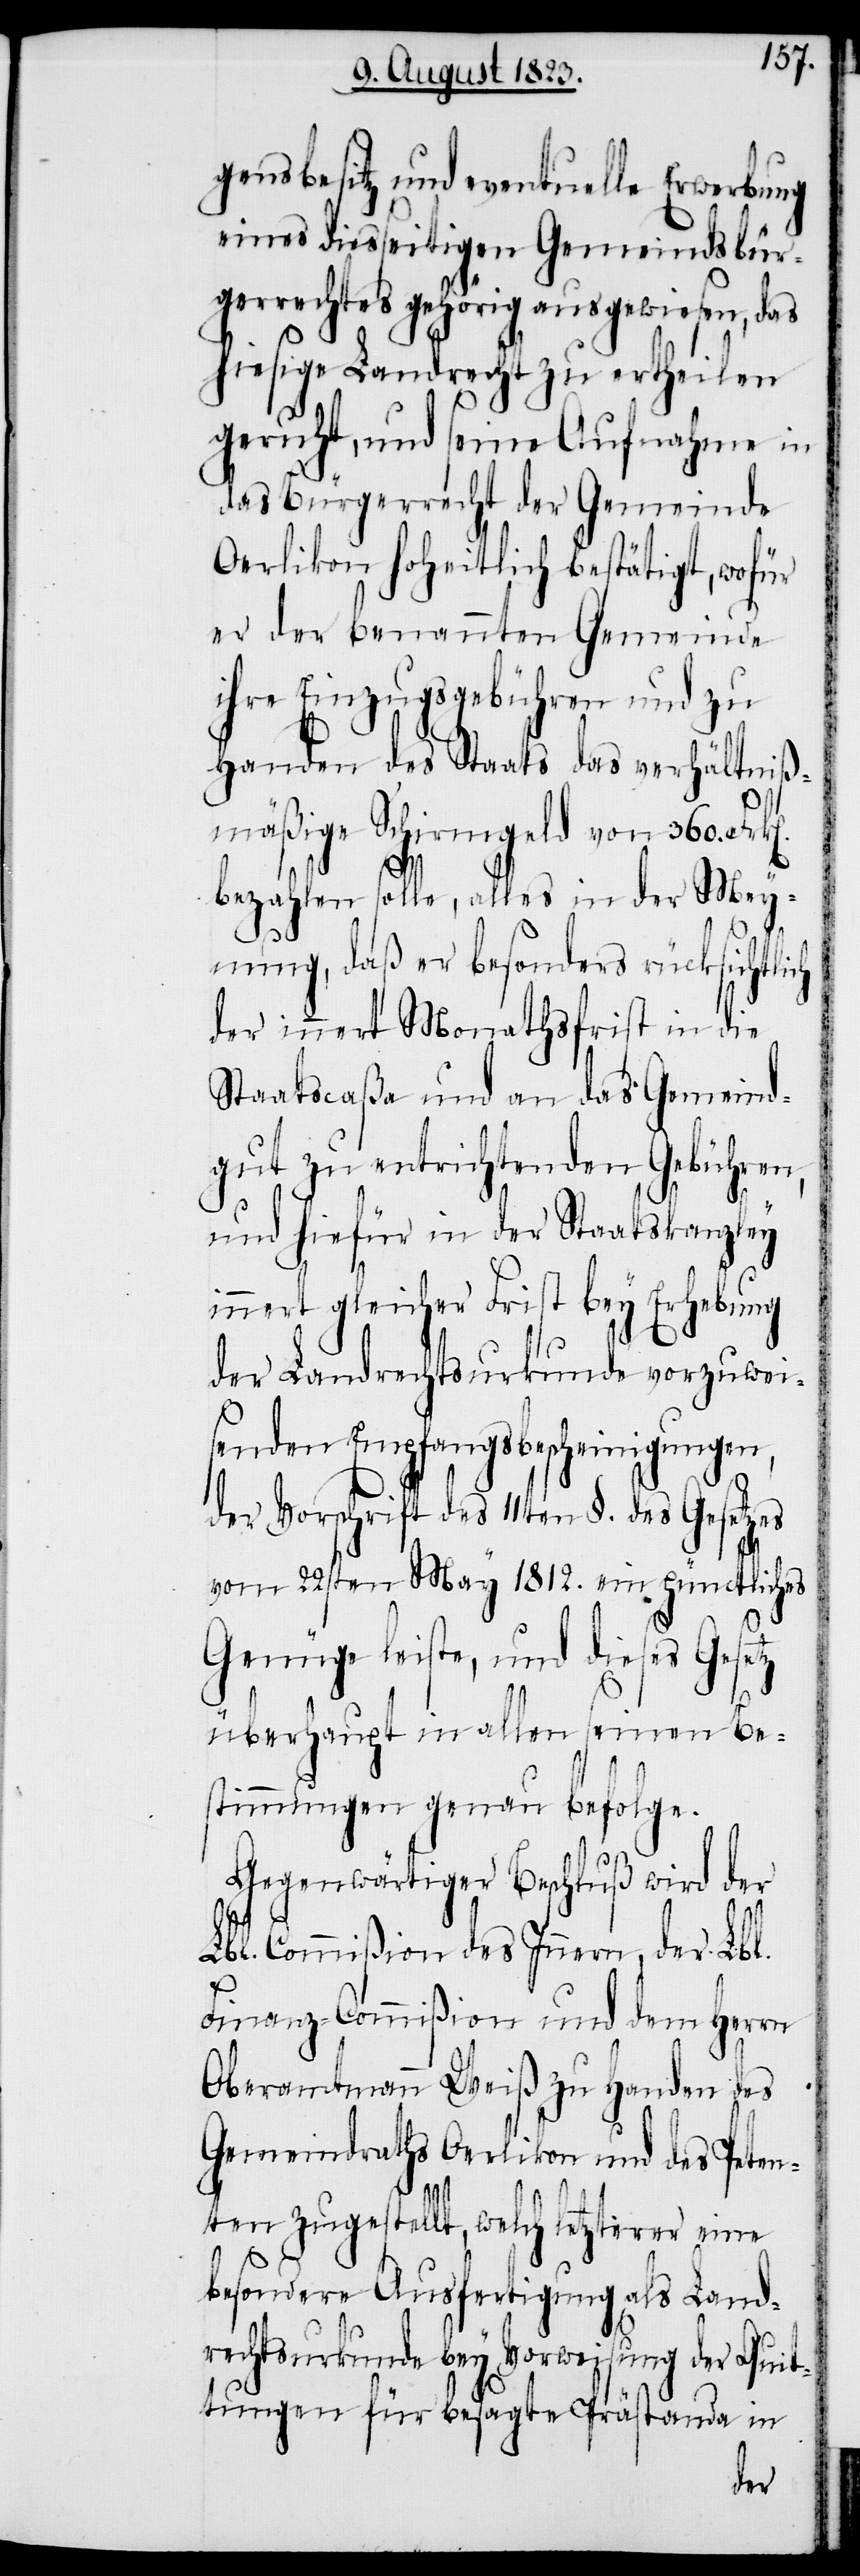
gensbesitz und eventuelle Erwerbung
eines diesseitigen Gemeindsbür¬
gerrechtes gehörig ausgewiesen, das
hiesige Landrecht zu ertheilen
geruht, und seine Aufnahme in
das Bürgerrecht der Gemeinde
Oerlikon hoheitlich bestätigt, wofür
er der benannten Gemeinde
ihre Einzugsgebühren und zu
Handen des Staats das verhältniß¬
mäßige Schirmgeld von 360. Frk[e¬
bezahlen solle, alles in der Mey¬
nung, daß er besonders rücksichtlich
der innert Monathsfrist in die
Staatscaßa und an das Gemeind¬
gut zu entrichtenden Gebühren,
und hiefür in der Staatskanzley
innert gleicher Frist bey Erhebung
der Landrechtsurkunde vorzuwei¬
senden Empfangsbescheinigungen,
der Vorschrift des 11ten §. des Gesetzes
vom 22sten May 1812. ein pünctliches
Genüge leiste, und dieses Gesetz
überhaupt in allen seinen Be¬
stimmungen genau befolge.
Gegenwärtiger Beschluß wird der
Lbl. Commißion des Innern, der Lbl.
n].
Finanz-Commißion und dem Herrn
Oberamtmann Weiß zu Handen des
Gemeindraths Oerlikon und des Peten¬
ten zugestellt, welch letzterer eine
besondere Ausfertigung als Land¬
rechtsurkunde bey Vorweisung der Quit¬
tungen für besagte Prästanda in